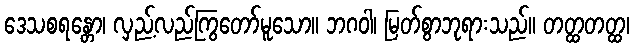
ဒေသစရန္တော၊ လှည့်လည်ကြွတော်မူသော။ ဘဂဝါ၊ မြတ်စွာဘုရားသည်။ တတ္ထတတ္ထ၊